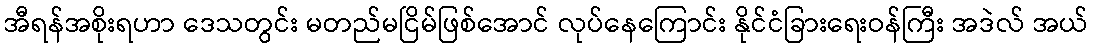
အီရန်အစိုးရဟာ ဒေသတွင်း မတည်မငြိမ်ဖြစ်အောင် လုပ်နေကြောင်း နိုင်ငံခြားရေးဝန်ကြီး အဒဲလ် အယ်